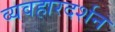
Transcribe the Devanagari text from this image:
व्यवहारदर्शन